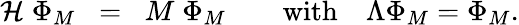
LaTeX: {\cal H}\; \Phi_{M}\; \; =\; \; M\; \Phi_{M}\quad\quad\textrm{with}\quad\Lambda\Phi_{M}=\Phi_{M}.